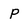
Character: p